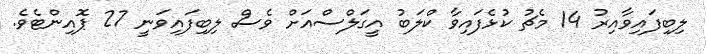
ލިބިފައިވާއިރު 14 މެޗު ކުޅެފައިވާ ކްލަބު އީގަލްސްއަށް ވެސް ލިބިފައިވަނީ 27 ޕޮއިންޓެވެ.